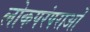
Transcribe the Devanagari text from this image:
लोकपरंपराओं